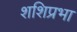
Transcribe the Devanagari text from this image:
शशिप्रभा